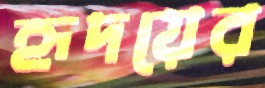
হৃদয়ের